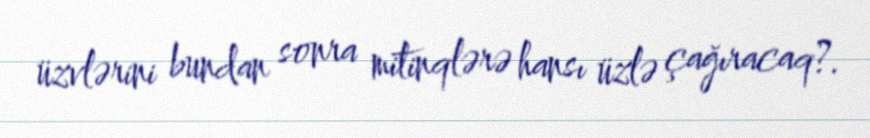
üzvlərini bundan sonra mitinqlərə hansı üzlə çağıracaq?.